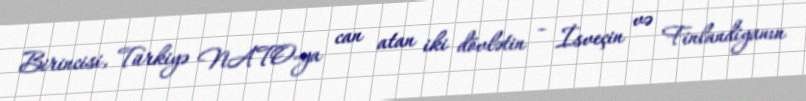
Birincisi, Türkiyə NATO-ya can atan iki dövlətin – İsveçin və Finlandiyanın